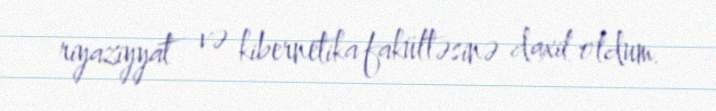
riyaziyyat və kibernetika fakültəsinə daxil oldum.